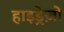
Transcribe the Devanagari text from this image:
हाइड्रेज़ो